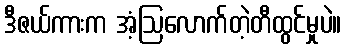
ဒီဇယ်ကားက အံ့ဩလောက်တဲ့တီထွင်မှုပဲ။